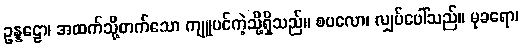
ဥန္နဠော၊ အထက်သို့တက်သော ကျူပင်ကဲ့သို့ရှိသည်။ စပလော၊ လျှပ်ပေါ်သည်။ မုခရော၊